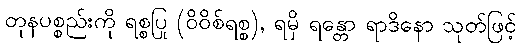
တုနပစ္စည်းကို ရစ္စပြု (ဝိဝိစ်ရစ္စ), ရမှိ ရန္တော ရာဒိနော သုတ်ဖြင့်